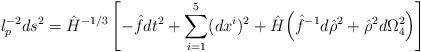
LaTeX: \begin{align*}l_p^{-2} ds^2 = \hat H^{-1/3} \left[ - \hat f dt^2 + \sum_{i=1}^5 (dx^i)^2+ \hat H \Big(\hat f^{-1} d\hat \rho^2 + \hat \rho^2 d\Omega_4^2 \Big) \right]\end{align*}